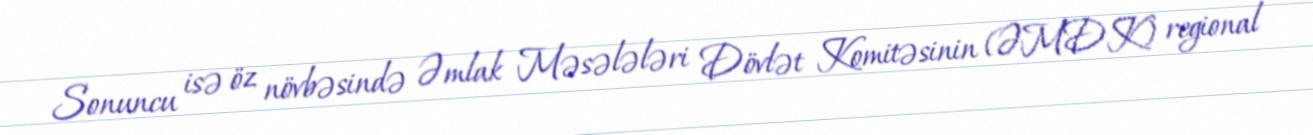
Sonuncu isə öz növbəsində Əmlak Məsələləri Dövlət Komitəsinin (ƏMDK) regional